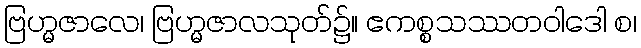
ဗြဟ္မဇာလေ၊ ဗြဟ္မဇာလသုတ်၌။ ဧကစ္စသဿတဝါဒေါ စ၊